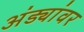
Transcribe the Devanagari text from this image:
अंड्यांवर